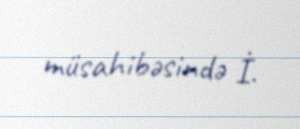
müsahibəsində İ.